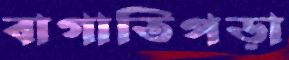
বাগাতিপড়া